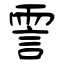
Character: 霅